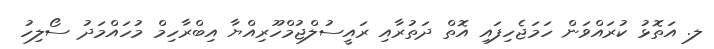
ލ. އަތޮޅު ކުރައްވަން ހަމަޖެހިފައި އޮތް ދަތުރާއި ރައީސުލްޖުމްހޫރިއްޔާ އިބްރާހިމް މުހައްމަދު ސޯލިހު